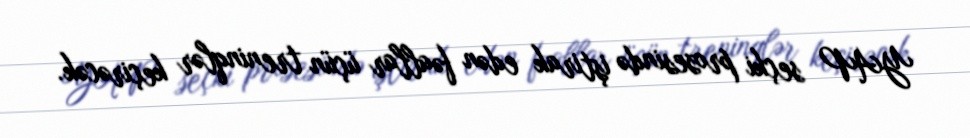
YAP seçki prosesində iştirak edən fəallar üçün treninqlər keçirəcək.